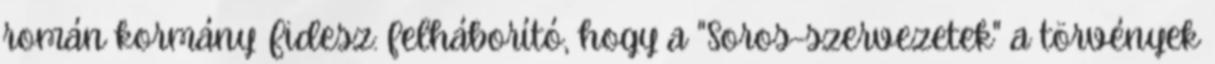
román kormány Fidesz: felháborító, hogy a "Soros-szervezetek" a törvények